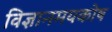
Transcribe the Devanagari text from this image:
विज्ञानमयकोष